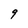
Character: 9